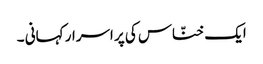
ایک خنّاس کی پر اسرار کہانی ۔